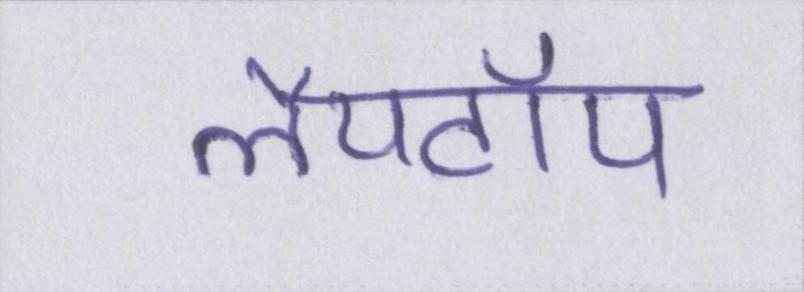
लैपटॉप